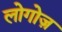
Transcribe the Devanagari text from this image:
लोगोज़